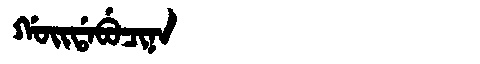
Manchu: ᡤᠣᡳᡩᠠᠪᡠᠴᡳᠨᠠ
Romanization: GOIDABUCINA